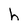
Character: h